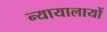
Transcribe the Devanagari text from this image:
न्यायालायों